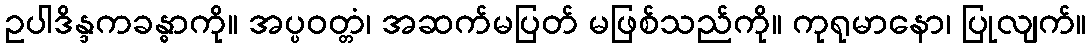
ဥပါဒိန္ဒကခန္ဓာကို။ အပ္ပဝတ္တံ၊ အဆက်မပြတ် မဖြစ်သည်ကို။ ကုရုမာနော၊ ပြုလျက်။